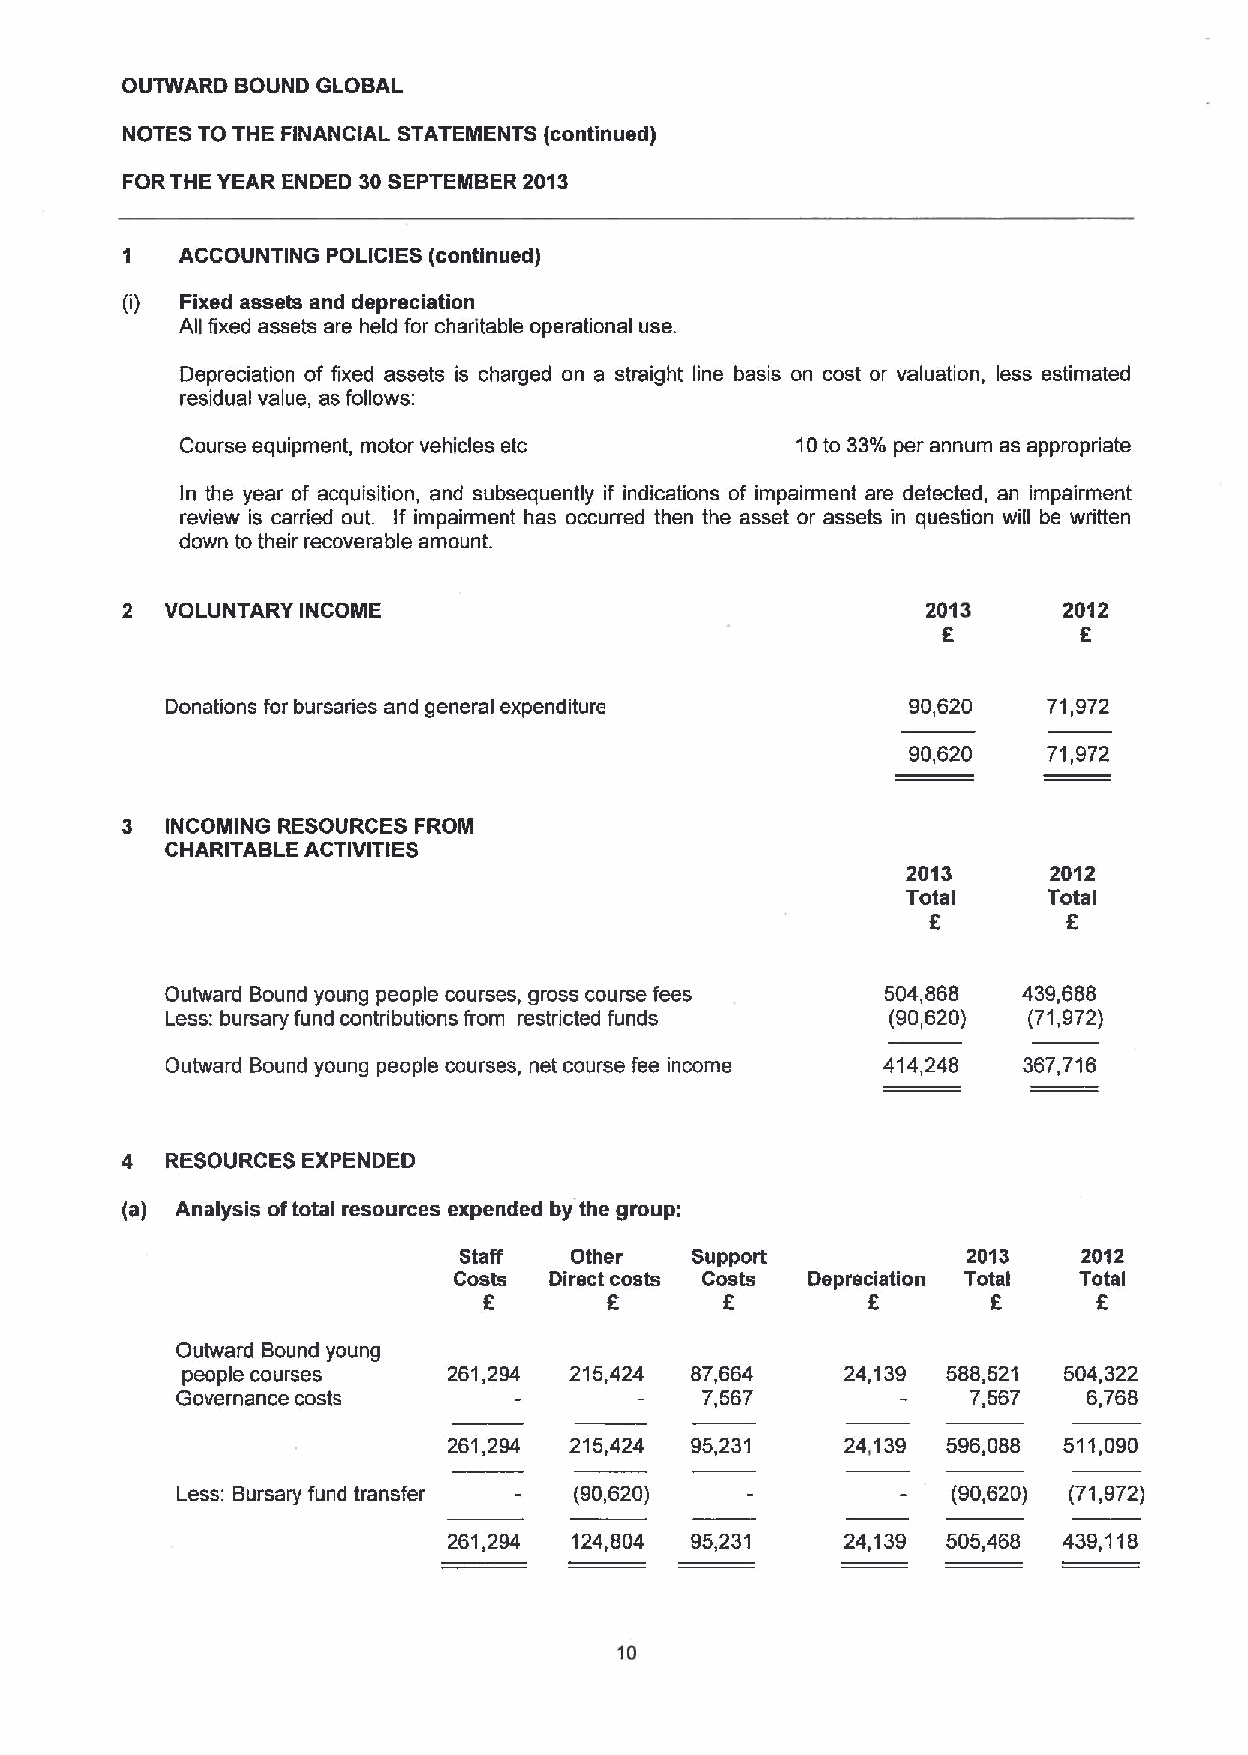
OUTWARD BOUND GLOBAL
 NOTES TO THE FINANCIAL STATEMENTS (continued)
 FORTHE YEAR ENDED 30SEPTEMBER 2013
 1   ACCOUNTING POLICIES (continued)
 (i) Fixed assets and depreciation
 All fixed assets are held for chaditable operational use.
 Depreciation of fixed assets is charged on a straight line basis on cost or valuation, less estimated
 residual value, as follows;
 Course equipment, motor vehicles etc     10to 33%per annum as appropriate
 In the year of acquisition, and subsequently if indications of impairment are detected, an impairment
 review is carried out. If impairment has occurred then the asset or assets in question will be written
 down to their recoverable amount.
 2  VOLUNTARY INCOME                                  2013     2012
 6         6
 Donations for bursaries and general expenditure  90,620   71,972
 90,620   71,972
 3  INCONIING RESOURCES FROIIII
 CHARITABLE ACTIVITIES
 2013      2012
 Total    Total
 6        E
 Outward Bound young people courses, gross course fees 504,868 439,688
 Less: bursary fund contributions from restricted funds (90,620) (71,972)
 Outward Bound young people courses, net course fee income 414,248 367,716
 4  RESOURCES EXPENDED
 (a) Analysis oftotal resources expended by the group:
 Staff   Other   Support           2013    2012
 Costs Direct costs Costs Depreciation Total Total
 f
 E       6         6              E
 Outward Bound young
 people courses    261,294 215,424 87,664    24,139 588,521 504,322
 Governance costs                  7,567             7,567   6,768
 261,294 215,424 95,231    24,139 596,088 511,090
 Less: Bursary fund transfer (90,620)               (90,620) (71,972)
 261,294 124,804 95,231    24,139 505,468 439,118
 10